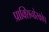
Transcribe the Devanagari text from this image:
प्राक्सिनोस्कोप